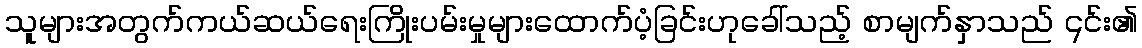
သူများအတွက်ကယ်ဆယ်ရေးကြိုးပမ်းမှုများထောက်ပံ့ခြင်းဟုခေါ်သည့် စာမျက်နှာသည် ၎င်း၏